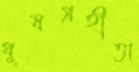
ঘুষগ্রহীতা